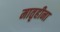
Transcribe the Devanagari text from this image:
मातृहीना